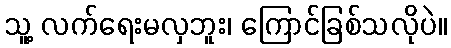
သူ့ လက်ရေးမလှဘူး၊ ကြောင်ခြစ်သလိုပဲ။